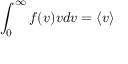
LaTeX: \int _ { 0 } ^ { \infty } f ( v ) v d v = \langle v \rangle